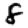
Digit: 8